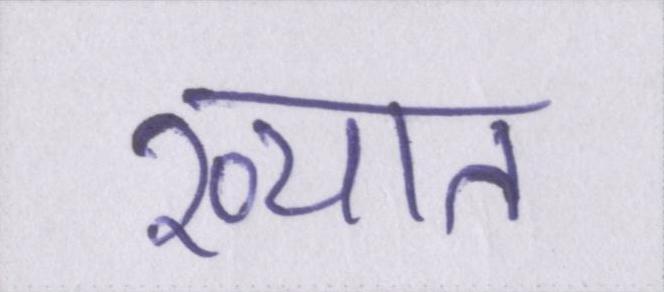
ख्यात